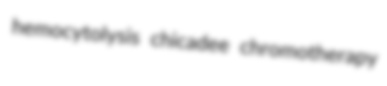
hemocytolysis chicadee chromotherapy